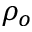
\rho _ { o }